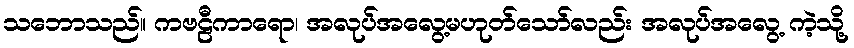
သဘောသည်။ ကဗဠီကာရော၊ အလုပ်အလွေ့မဟုတ်သော်လည်း အလုပ်အလွေ့ ကဲ့သို့